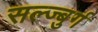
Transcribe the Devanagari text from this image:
सल्ज्बुर्ग